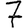
Digit: 7